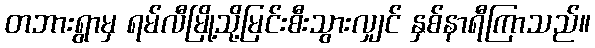
တဘားရွာမှ ရမ်လီမြို့သို့မြင်းစီးသွားလျှင် နှစ်နာရီကြာသည်။